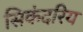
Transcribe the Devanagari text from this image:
सिकंदरिय